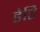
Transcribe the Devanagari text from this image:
डेरि